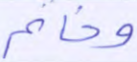
وخاتم